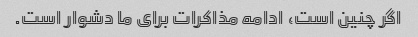
اگر چنین است، ادامه مذاکرات برای ما دشوار است.